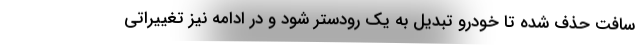
سافت حذف شده تا خودرو تبدیل به یک رودستر شود و در ادامه نیز تغییراتی